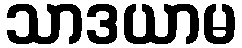
သာဒယာမ